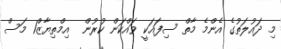
މި ދައުލަތުގެ އެންމެ މާތް ސިފައަކީ ވައްކަން ކުރުން  އިމްތިޔާޒް1 މަސް